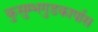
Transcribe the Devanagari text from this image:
कुसुम्भगुडकार्पास